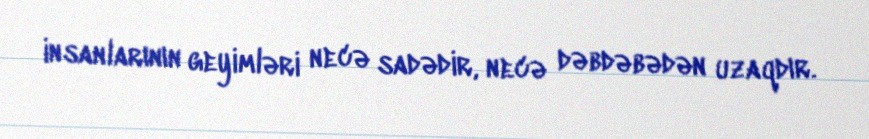
insanlarının geyimləri necə sadədir, necə dəbdəbədən uzaqdır.